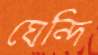
ঘেন্দি